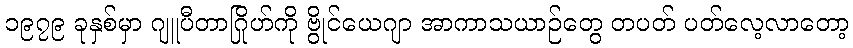
၁၉၇၉ ခုနှစ်မှာ ဂျူပီတာဂြိုဟ်ကို ဗွိုင်ယေဂျာ အာကာသယာဉ်တွေ တပတ် ပတ်လေ့လာတော့